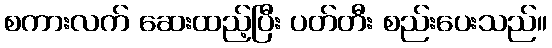
စကားလက် ဆေးထည့်ပြီး ပတ်တီး စည်းပေးသည်။